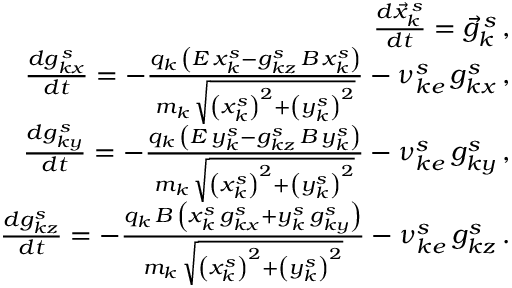
\begin{array} { r l r } & { } & { \frac { d \vec { x } _ { k } ^ { \, s } } { d t } = \vec { g } _ { k } ^ { \, s } \, , } \\ & { } & { \frac { d g _ { k x } ^ { \, s } } { d t } = - \frac { q _ { k } \, \left( E \, x _ { k } ^ { s } - g _ { k z } ^ { s } \, B \, x _ { k } ^ { s } \right) } { m _ { k } \, \sqrt { \left( x _ { k } ^ { s } \right) ^ { 2 } + \left( y _ { k } ^ { s } \right) ^ { 2 } } } - \nu _ { k e } ^ { s } \, g _ { k x } ^ { s } \, , } \\ & { } & { \frac { d g _ { k y } ^ { \, s } } { d t } = - \frac { q _ { k } \, \left( E \, y _ { k } ^ { s } - g _ { k z } ^ { s } \, B \, y _ { k } ^ { s } \right) } { m _ { k } \, \sqrt { \left( x _ { k } ^ { s } \right) ^ { 2 } + \left( y _ { k } ^ { s } \right) ^ { 2 } } } - \nu _ { k e } ^ { s } \, g _ { k y } ^ { s } \, , } \\ & { } & { \frac { d g _ { k z } ^ { s } } { d t } = - \frac { q _ { k } \, B \, \left( x _ { k } ^ { s } \, g _ { k x } ^ { s } + y _ { k } ^ { s } \, g _ { k y } ^ { s } \right) } { m _ { k } \, \sqrt { \left( x _ { k } ^ { s } \right) ^ { 2 } + \left( y _ { k } ^ { s } \right) ^ { 2 } } } - \nu _ { k e } ^ { s } \, g _ { k z } ^ { s } \, . } \end{array}